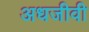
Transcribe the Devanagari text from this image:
अधजीवी